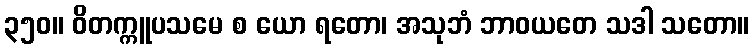
၃၅၀။ ဝိတက္ကူပသမေ စ ယော ရတော၊ အသုဘံ ဘာဝယတေ သဒါ သတော။